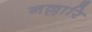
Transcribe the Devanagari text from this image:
नल्लारि